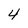
Character: 4